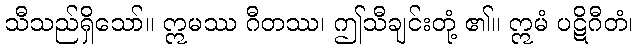
သီသည်ရှိသော်။ ဣမဿ ဂီတဿ၊ ဤသီချင်းတုံ့ ၏။ ဣမံ ပဋိဂီတံ၊